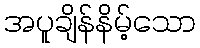
အပူချိန်နိမ့်သော